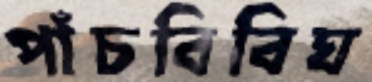
পাঁচবিবিঘ